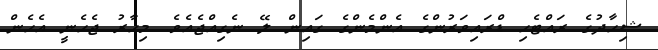
ޝިހާދުގެ ރައްޓެހި ޑްރައިވަރުންގެ އެންމެންގެ ގައިން ލޭ ނެގިއްޖެއެވެ. މިހާރު ޖެހެނީ އެހެން